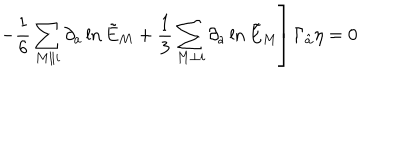
LaTeX: \qquad \qquad \qquad \left. - { \frac { 1 } { 6 } } \sum _ { M \parallel i } \partial _ { a } \ln \tilde { E } _ { M } + { \frac { 1 } { 3 } } \sum _ { M \perp i } \partial _ { a } \ln \tilde { E } _ { M } \right] \Gamma _ { \hat { a } } \eta = 0